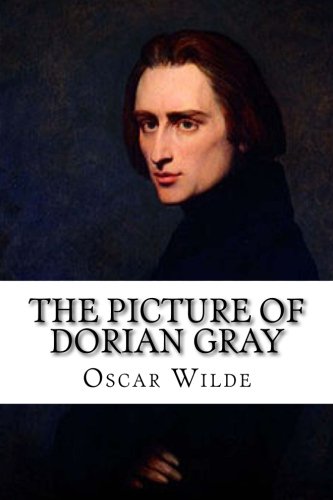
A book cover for The Picture of Dorian Gray; Oscar Wilde; Literature & Fiction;